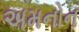
અમનોન